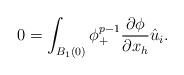
LaTeX: \begin{align*}0=\int_{B_1(0)}\phi^{p-1}_+\frac{\partial \phi}{\partial x_h}\hat{u}_i.\end{align*}